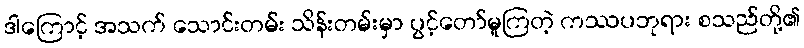
ဒါကြောင့် အသက် သောင်းတမ်း သိန်းတမ်းမှာ ပွင့်တော်မူကြတဲ့ ကဿပဘုရား စသည်တို့၏